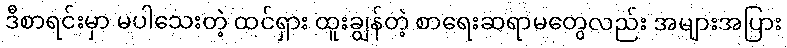
ဒီစာရင်းမှာ မပါသေးတဲ့ ထင်ရှား ထူးချွန်တဲ့ စာရေးဆရာမတွေလည်း အများအပြား